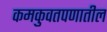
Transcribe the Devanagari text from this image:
कमकुवतपणातील